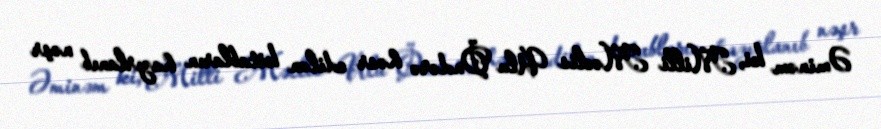
Əminəm ki, Milli Məclis Ulu Öndərə həsr edilən kitabların hazırlanıb nəşr